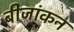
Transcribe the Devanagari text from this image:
बीजांकन